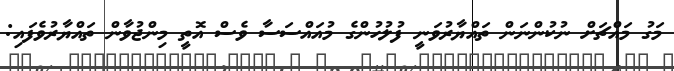
މަގު މައްޗަށް ނުކުންނަން ތައްޔާރުވަނީ ފުލުހުންގެ މުއައްސަސާ ވެސް އޮތީ މިންޖުވާން ތައްޔާރުވެފައި: